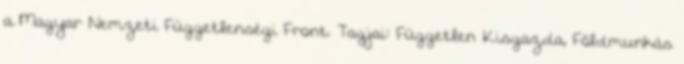
a Magyar Nemzeti Függetlenségi Front. Tagjai: Független Kisgazda, Földmunkás